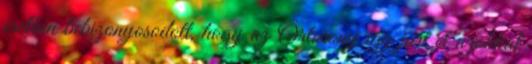
esetben bebizonyosodott, hogy az Őrtorony így járt el azokkal